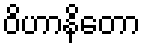
ဝိဟာနိတော